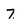
Character: 7